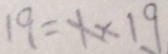
1 9 = 1 \times 1 9